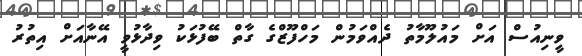
ވީނިއުސް އަށް މައުލޫމާތު ދެއްވަމުން މަހްފޫޒްގެ ގާތް ބޭފުޅަކު ވިދާޅުވީ އޭނާއަށް އިތުރު